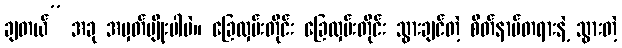
ချတယ်” အခု အမှတ်မျိုးပါပဲ။ ခြေလှမ်းတိုင်း ခြေလှမ်းတိုင်း သွားချင်တဲ့ စိတ်နာမ်တရားနဲ့ သွားတဲ့